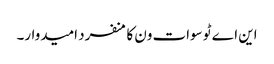
این اے ٹو سوات ون کا منفرد امیدوار۔